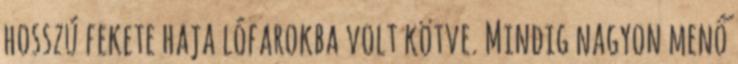
hosszú fekete haja lófarokba volt kötve. Mindig nagyon menő